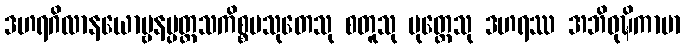
ဒဟရဂိလာနယောဗ္ဗနပ္ပတ္တသကိစ္စပသုတေသု စတူသု ပုတ္တေသု ဒဟရဿ အဘိဝုဍ္ဎိကာမာ